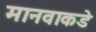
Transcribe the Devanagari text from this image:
मानवाकडे